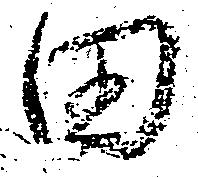
田